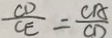
\frac { C D } { C E } = \frac { C A } { C D }